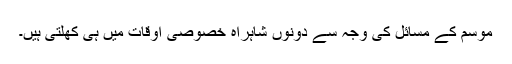
موسم کے مسائل کی وجہ سے دونوں شاہراہ خصوصی اوقات میں ہی کھلتی ہیں۔